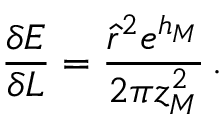
\frac { \delta E } { \delta L } = \frac { { \hat { r } } ^ { 2 } e ^ { h _ { M } } } { 2 \pi z _ { M } ^ { 2 } } \, .